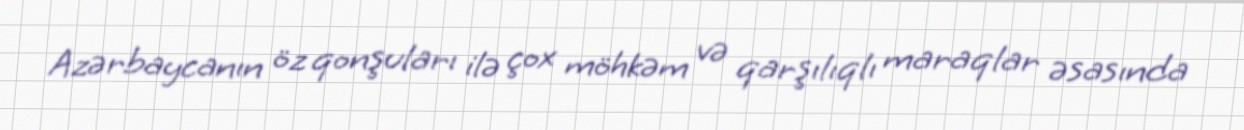
Azərbaycanın öz qonşuları ilə çox möhkəm və qarşılıqlı maraqlar əsasında